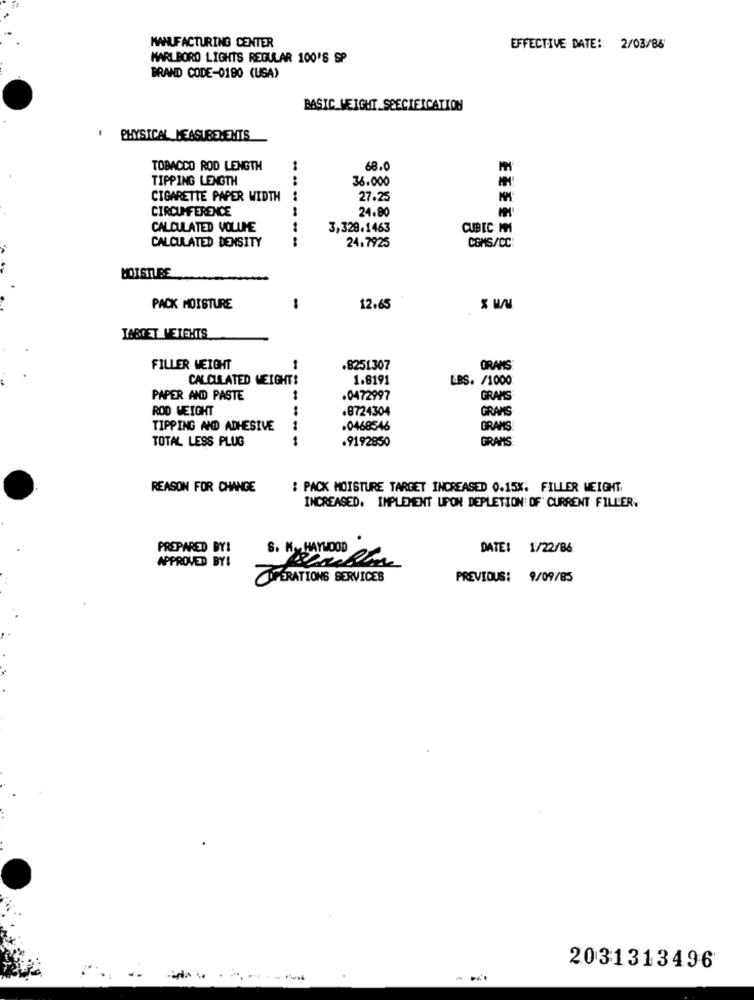
MANUFACTURING CENTER
EFFECTIVE DATE: 2/03/86
MARLBORO LIGHTS REGULAR 100'S SP
BRAND CODE-0180 (USA)
BASIC WEIGHT SPECIFICATION
. PHYSICAL MEASUREMENTS
TOBACCO ROD LENGTH
68.
TIPPING LENGTH
36.000
CIGARETTE PAPER WIDTH
27.25
CIRCUMFERENCE
24.80
CALCULATED VOLUME
3,328.1463
CUBIC MM
CALCULATED DENSITY
.......
24.7925
COMS/CC
EEEEES
MOISTU BE
PACK MOISTURE
-
12.65
TARGET WEIGHTS
FILLER WEIGHT
.8251307
GRANS
CALCULATED WEIGHT:
1.8191
LBS. /1000
PAPER AND PASTE
.0472997
GRAMS
ROD WEIGHT
.8724304
GRAMS
TIPPING AND ADHESIVE
.0468546
GRAMS
TOTAL LESS PLUG
1
.9192850
GRAPES
REASON FOR CHANGE
: PACK MOISTURE TARGET INCREASED 0.15%. FILLER WEIGHT,
INCREASED. IMPLEMENT UPON DEPLETION OF' CURRENT FILLER.
PREPARED BY!
HAYWOOD
DATE:
1/22/86
APPROVED BY!
OPERATIONS SERVICES
PREVIOUS: 9/09/85
2031313496
--------